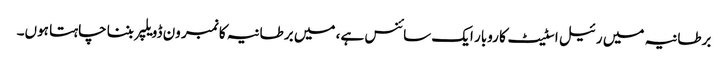
برطانیہ میں رئیل اسٹیٹ کا روبار ایک سائنس ہے، میں برطانیہ کا نمبر ون ڈویلپر بننا چاہتا ہوں۔